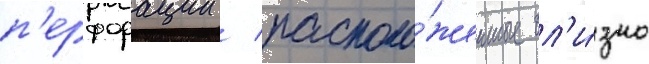
п'ерфорации / располо́женные бл'и́зко